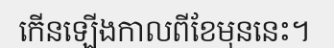
កើនឡើងកាលពីខែមុននេះ។